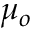
\mu _ { o }